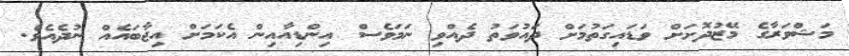
މަޝްވަރާގެ މޭޒުދޮށަށް ވަޑައިގަތުމަށް ދައުވަތު ދެއްވި ނަމަވެސް އިންޑިއާއިން އެކަމަށް އިޖާބައެއް ނުދެއެވެ.